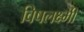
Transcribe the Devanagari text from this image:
विषलक्ष्मी